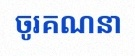
ចូរគណនា